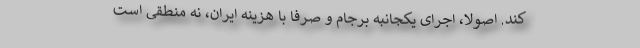
کند. اصولا، اجرای یکجانبه برجام و صرفا با هزینه ایران، نه منطقی است